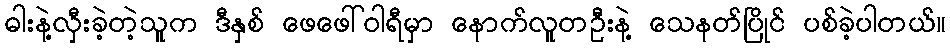
ဓါးနဲ့လှီးခဲ့တဲ့သူက ဒီနှစ် ဖေဖေါ်ဝါရီမှာ နောက်လူတဦးနဲ့ သေနတ်ပြိုင် ပစ်ခဲ့ပါတယ်။